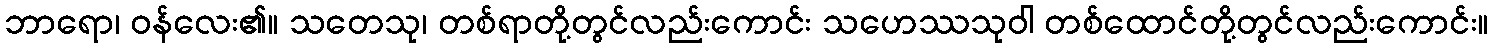
ဘာရော၊ ဝန်လေး၏။ သတေသု၊ တစ်ရာတို့တွင်လည်းကောင်း သဟေဿသုဝါ တစ်ထောင်တို့တွင်လည်းကောင်း။